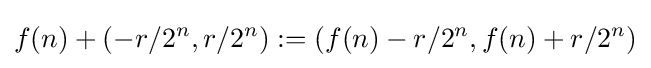
f(n)+\left(-r/2^{n},r/2^{n}\right):=\left(f(n)-r/2^{n},f(n)+r/2^{n}\right)